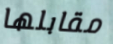
مقابلها